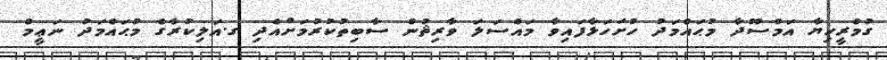
ގުމްރީހިޔާ އަމްސޫދާ މުޙައްމަދު ހުށަހަޅާފައިވާ މައްސަލަ ވާރިޘުން ސާބިތުކުރުމަށްއެދި ގ.އަލިކުރާގެ މުޙައްމަދު ނަޢީމް